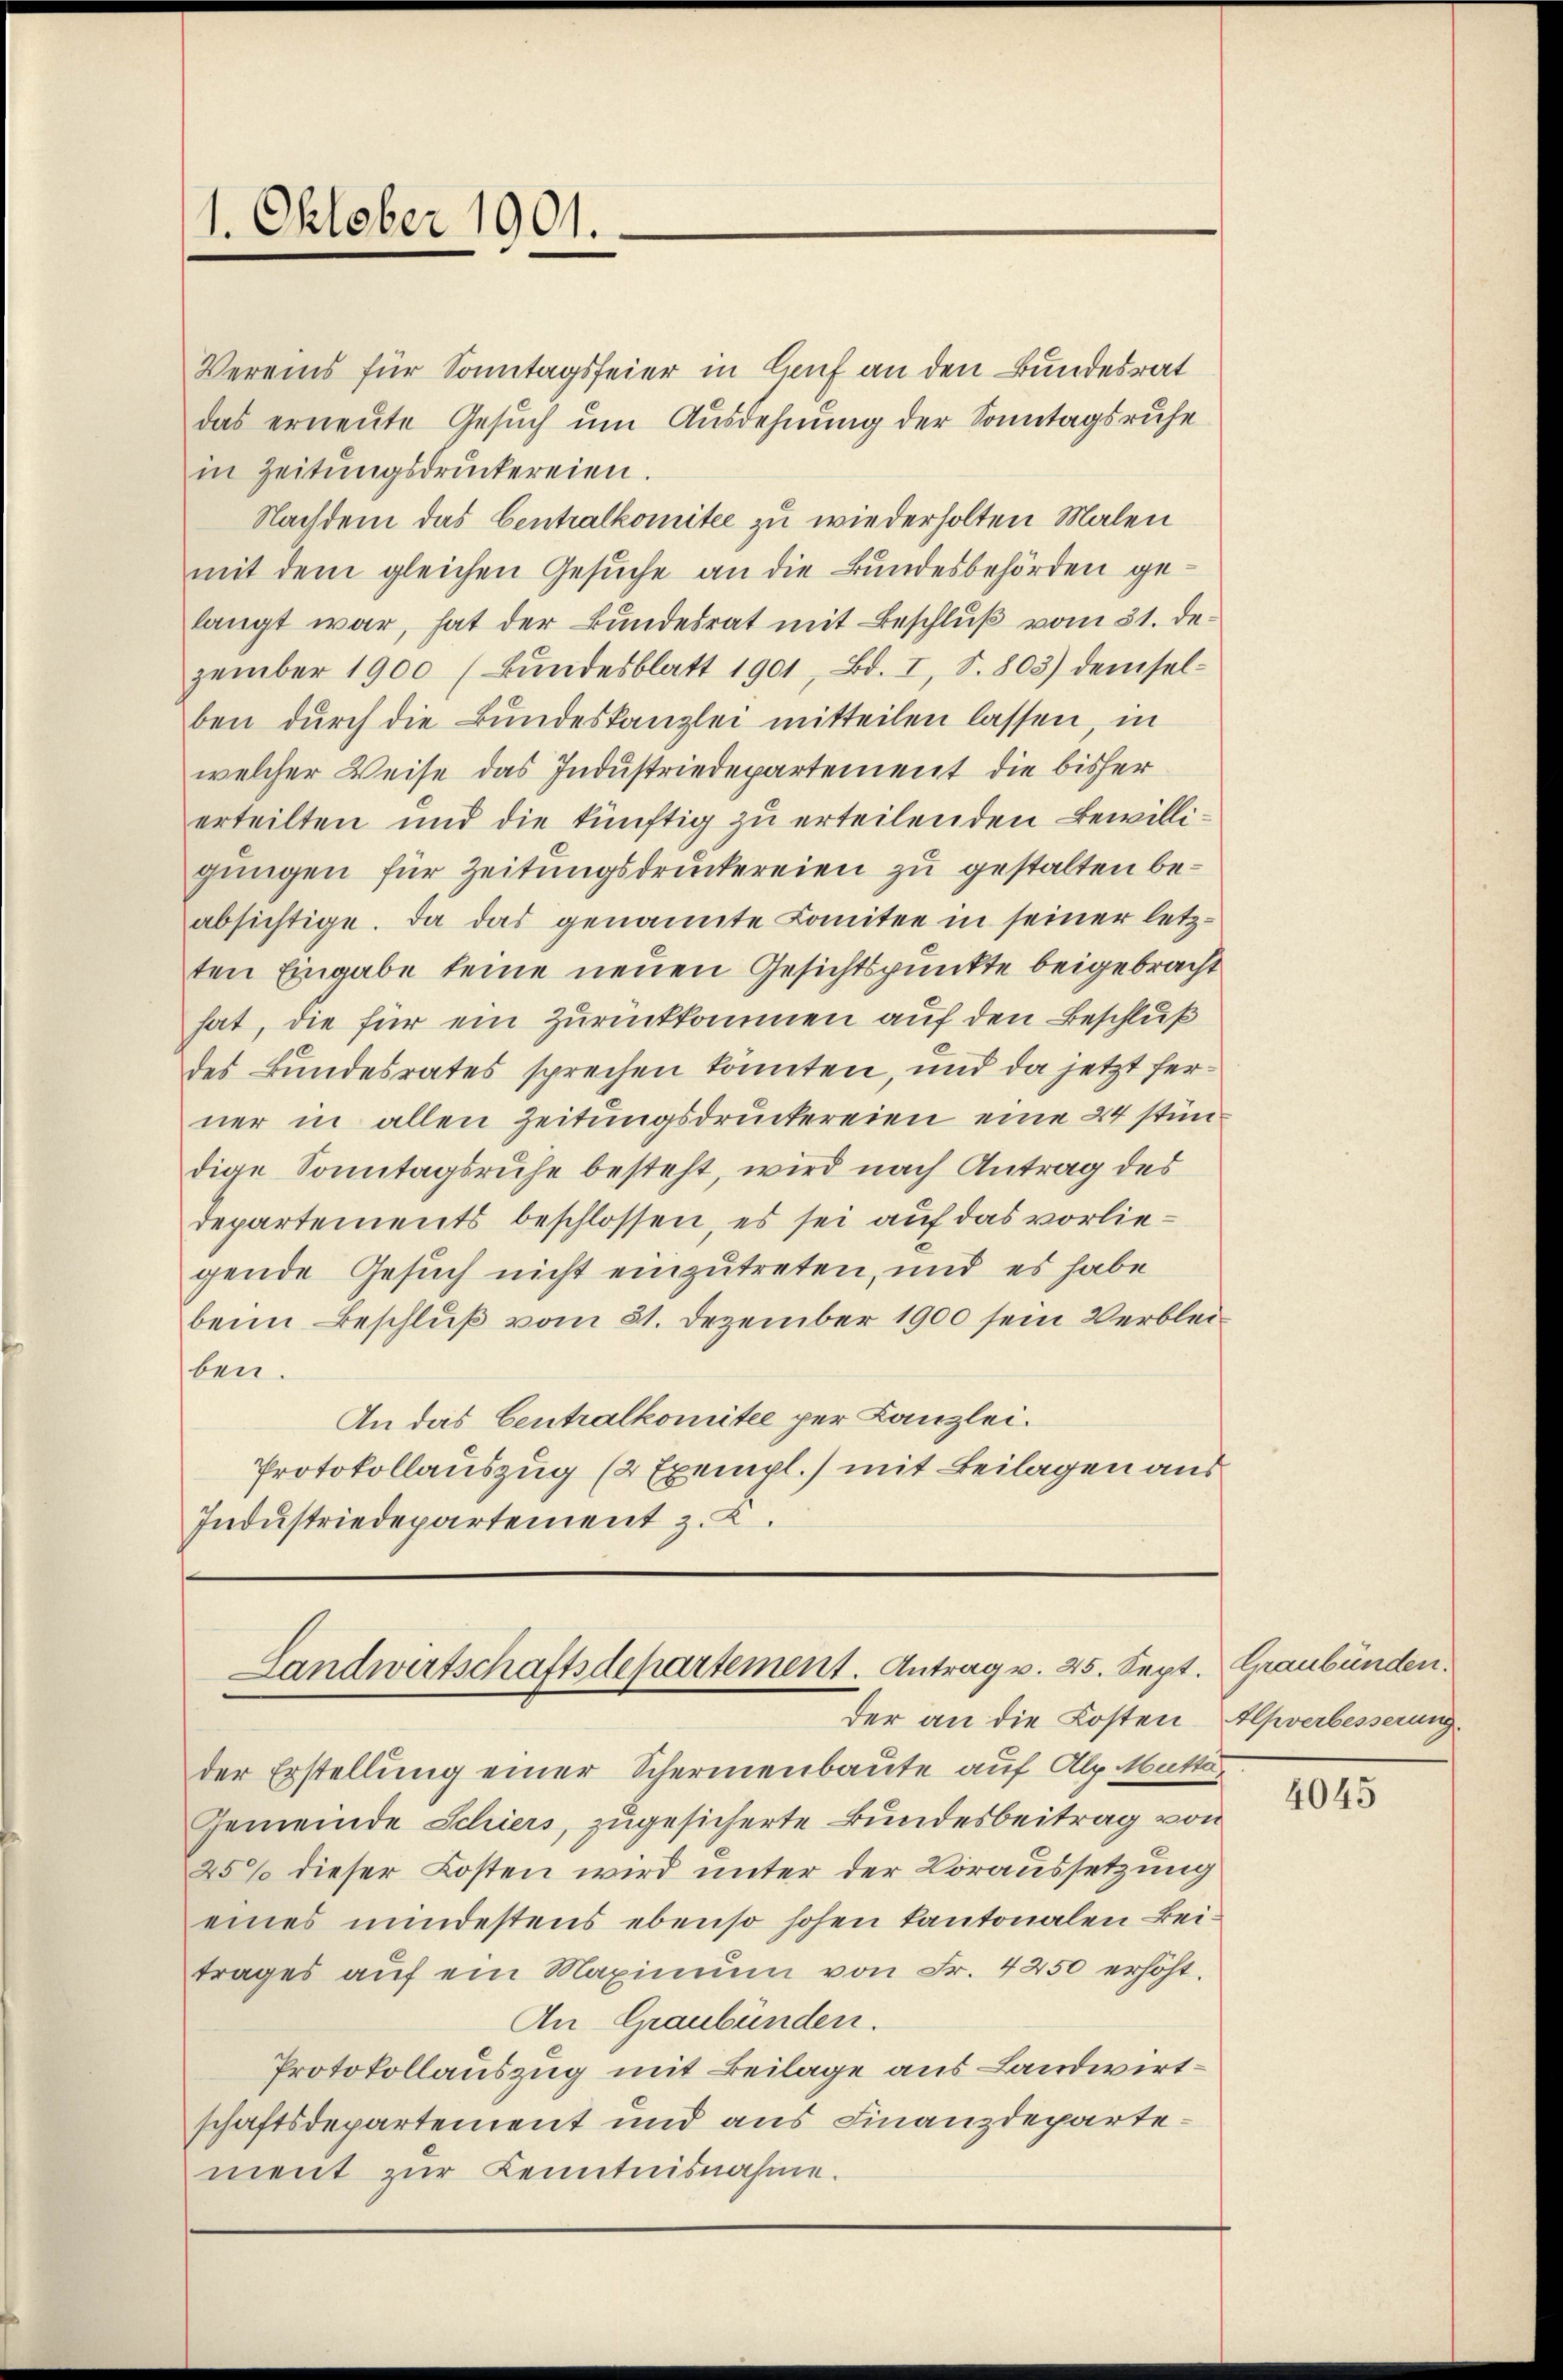
1. Oktober 1901.

Vereins für Sonntagsfeier in Cruf an den Bundesrat
das erneute Gesuch um Ausdehnung der Sonntagsruhe
in Zeitungsdruckereien.
Nachdem das Centralkomitee zu wiederholten Malen
mit dem gleichen Gesuche an die Bundesbehörden gelangt war, hat der Bundesrat mit Beschluß vom 31. Dezember 1900 (Bundesblatt 1901, Bd. I, S. 803) demselben durch die Bundeskanzlei mitteilen lassen in
welcher Weise das Industriedepartement die bisher
erteilten und die künftig zu erteilenden Bewilligungen für Zeitungsdruckereien zu gestalten beabsichtige. Da das genannte Comitee in seiner letzten Eingabe keine neuen Gesichtspunkte beigebracht
hat, die für ein Zurückkommen auf den Beschluß
des Bundesrates sprechen könnten, und da jetzt ferner in allen Zeitungsdruckereien eine 24 stündige Sonntagsruhe besteht, wird nach Antrag des
departements beschlossen, es sei auf das vorliegende Gesuch nicht einzutreten, und es habe
beim Beschluß vom 31. Dezember 1900 sein Verbleiben.
An das Centralkomitee per Kanzlei.
Protokollauszug (2 Exempl.) mit Beilagen aus
Industriedepartement z. K.

der Erstellung einer Schermenbaute auf Alp. Muttä¬
Gemeinde Schiers, zugesicherte Bundesbeitrag von
25% dieser Kosten wird unter der Voraussetzung
eines mindestens ebenso hohen kantonalen Beitrages aŭf ein Maximŭm von Fr. 4250 erhöht.
An Graubünden.
Protokollauszug mit Beilage aus Landwirtschaftsdepartement und aus Finanzdepartement zur Kenntnisnahme.

Landwirtschaftsdepartement. Antrag v. 25. Sept. Graubünden.
der an die Kosten Alpverbesserung.

4045